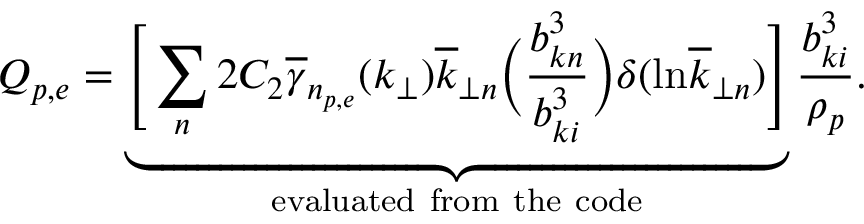
Q _ { p , e } = \underbrace { \Bigg [ \sum _ { n } 2 C _ { 2 } \overline { { \gamma } } _ { n _ { p , e } } ( k _ { \perp } ) \overline { { k } } _ { \perp n } \bigg ( \frac { b _ { k n } ^ { 3 } } { b _ { k i } ^ { 3 } } \bigg ) \delta ( \mathrm { l n } \overline { { k } } _ { \perp n } ) \Bigg ] } _ { \mathrm { e v a l u a t e d ~ f r o m ~ t h e ~ c o d e } } \frac { b _ { k i } ^ { 3 } } { \rho _ { p } } .